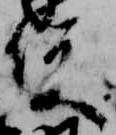
俊